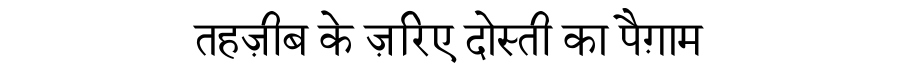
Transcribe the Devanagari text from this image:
तहज़ीब के ज़रिए दोस्ती का पैग़ाम